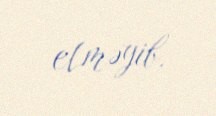
etməyib.